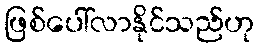
ဖြစ်ပေါ်လာနိုင်သည်ဟု